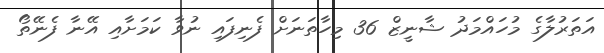
އަތަރުލާގެ މުހައްމަދު ޝާނީޒް 36 މިހާތަނަށް ފެނިފައި ނުވާ ކަމަށާއި އޭނާ ފެނޭތޯ